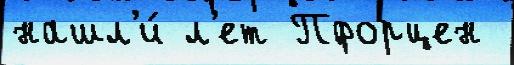
нашл'и́ л'ет Пфорцен